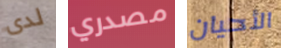
لدى مصدري الأحيان